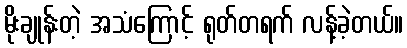
မိုးချုန်းတဲ့ အသံကြောင့် ရုတ်တရက် လန့်ခဲ့တယ်။